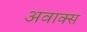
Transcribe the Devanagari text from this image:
अवाक्स